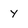
Character: y